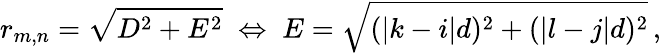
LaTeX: r_{m,n}=\sqrt{D^{2}+E^{2}}\; \Leftrightarrow\; E=\sqrt{(|k-i|d)^{2}+(|l-j|d)^{2}}\, ,